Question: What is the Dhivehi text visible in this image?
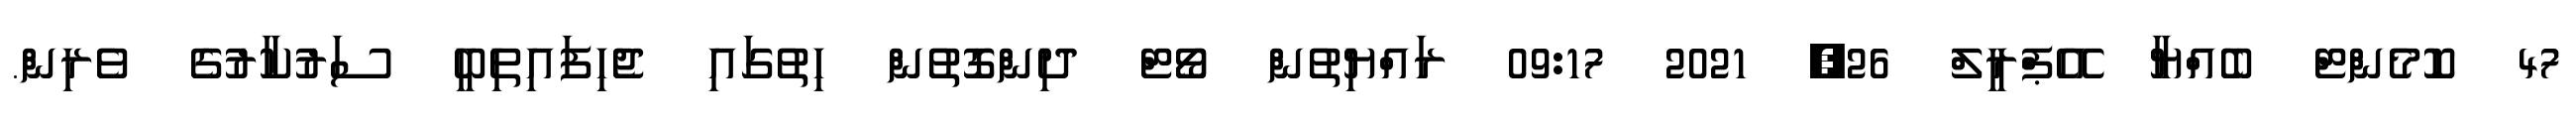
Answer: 47 ކޮމެންޓް ބެއްޔާ އޭޕްރީލް 26, 2021 09:17 ރައްޔިތުން ވޯޓް ދިންގޮތުން ހިތުގައި ޖެހިފައިތިބީ ސަރުކާރުގެ ވެރިން.